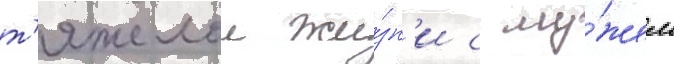
т'яжелои жи́зн'и с му́жем